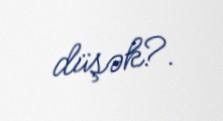
düşək?.